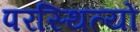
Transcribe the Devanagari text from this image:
परस्थित्यों